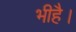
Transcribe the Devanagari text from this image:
भीहै।